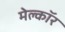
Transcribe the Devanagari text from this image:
मेल्कॉर